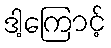
ဒါ့ကြောင့်